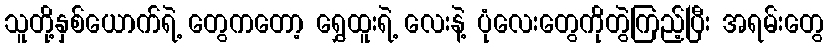
သူတို့နှစ်ယောက်ရဲ့ တွေကတော့ ရွှေထူးရဲ့ လေးနဲ့ ပုံလေးတွေကိုတွဲကြည့်ပြီး အရမ်းတွေ